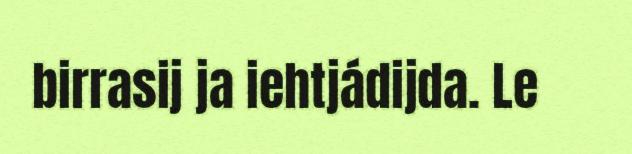
birrasij ja iehtjádijda. Le